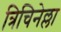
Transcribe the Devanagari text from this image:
त्रिचिनेल्ला